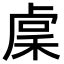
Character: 𥟃